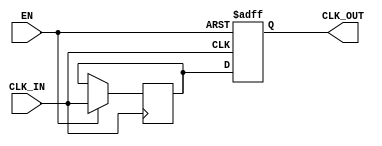
module clock_buffer (
    input wire CLK_IN,      // Input clock signal
    input wire EN,         // Enable signal
    output reg CLK_OUT      // Buffered clock output
);

// Parameters for timing characteristics
parameter PROP_DELAY_MIN = 1; // Minimum propagation delay (in ns)
parameter PROP_DELAY_MAX = 3; // Maximum propagation delay (in ns)
parameter RISE_TIME = 1;      // Rise time (in ns)
parameter FALL_TIME = 1;      // Fall time (in ns)

// Internal signals
reg CLK_IN_delayed;

// Clock buffer logic
always @(posedge CLK_IN or negedge EN) begin
    if (!EN) begin
        // If enable is low, drive CLK_OUT to low
        CLK_OUT <= 1'b0;
    end else begin
        // Buffering the clock signal
        CLK_IN_delayed <= CLK_IN;
        
        // Model propagation delay
        #PROP_DELAY_MIN;
        CLK_OUT <= CLK_IN_delayed;
        #((CLK_OUT) ? RISE_TIME : FALL_TIME);
    end
end

endmodule